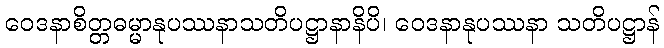
ဝေဒနာစိတ္တဓမ္မာနုပဿနာသတိပဋ္ဌာနာနိပိ၊ ဝေဒနာနုပဿနာ သတိပဋ္ဌာန်